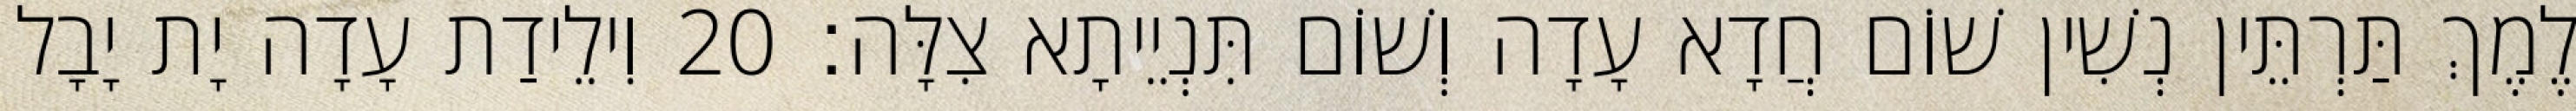
לֶמֶךְ תַּרְתֵּין נְשִׁין שׁוֹם חֲדָא עָדָה וְשׁוֹם תִּנְיֵיתָא צִלָּה׃ 20 וִילֵידַת עָדָה יָת יָבָל